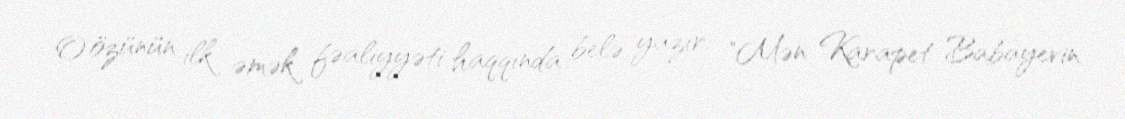
O özünün ilk əmək fəaliyyəti haqqında belə yazır: "Mən Karapet Babayevin